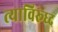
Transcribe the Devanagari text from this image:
त्याविरूध्द